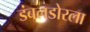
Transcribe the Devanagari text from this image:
डंबलडोरला